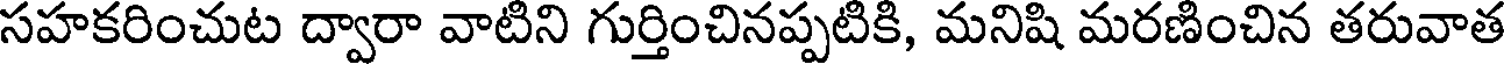
సహకరించుట ద్వారా వాటిని గుర్తించినప్పటికి, మనిషి మరణించిన తరువాత